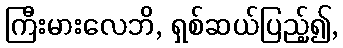
ကြီးမားလေဘိ, ရှစ်ဆယ်ပြည့်၍,